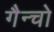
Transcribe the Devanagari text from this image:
गैन्चो